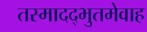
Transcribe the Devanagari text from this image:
तस्मादद्भुतमेवाह